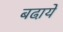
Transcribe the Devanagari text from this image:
बढा़ये